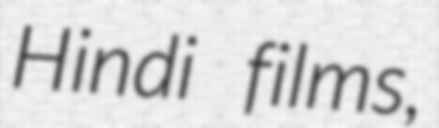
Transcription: Hindi films,